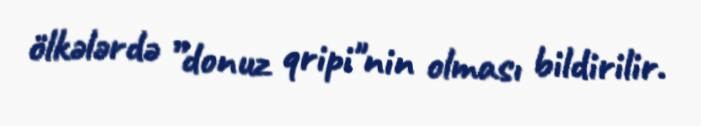
ölkələrdə ”donuz qripi"nin olması bildirilir.